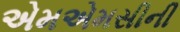
એમએમસીની